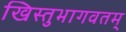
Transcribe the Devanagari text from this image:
खिस्तुभागवतम्